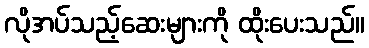
လိုအပ်သည့်ဆေးများကို ထိုးပေးသည်။